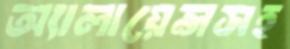
অ্যালায়েন্সসহ